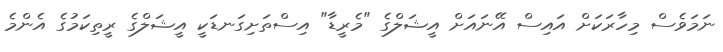
ނަމަވެސް މިހާރަކަށް އައިސް އޭނައަށް އީޝަލްގެ "މެރީޑާ" އިސްތަށިގަނޑަކީ އީޝަލްގެ ރީތިކަމުގެ އެންމެ